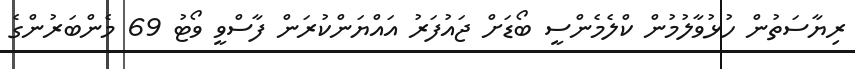
ރިޔާސަތުން ހުޅުވާލުމުން ކްލެމެންސީ ބޯޑަށް ޖައުފަރު އައްޔަންކުރަން ފާސްވީ ވޯޓު 69 މެންބަރުންގެ